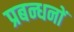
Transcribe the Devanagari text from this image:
प्रबन्धनाें